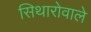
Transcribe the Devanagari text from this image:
सिथारोवाले